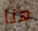
هنا